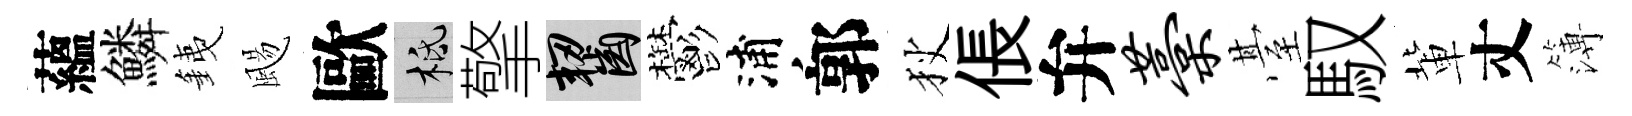
蘊鱗銕颺歐柢擎齧鬱浦郭狄倀弁藁䑓馭軰丈簿